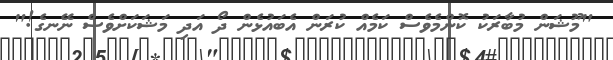
"މޫޝަން މުބާރަކު ކޮންމެވެސް ކަމެއް ކުރަން އެބައުޅެން ދޯ އަދި މަޝަކަށްވެސް ނޭނގެ!"